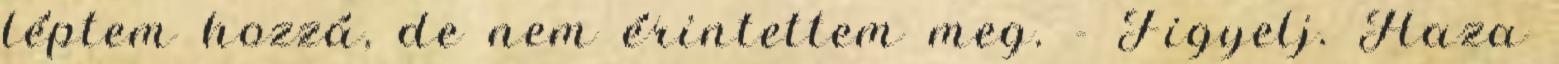
léptem hozzá, de nem érintettem meg. - Figyelj. Haza